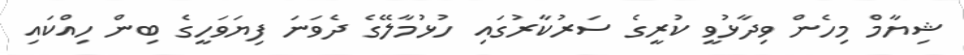
ޝިޔާމް މިހެން ވިދާޅުވީ ކުރީގެ ސަރުކާރުގައި ހުޅުމާލޭގެ ދެވަނަ ފިޔަވަހީގެ ބިން ހިއްކައި